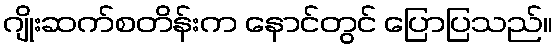
ဂျိုးဆက်စတိန်းက နောင်တွင် ပြောပြသည်။